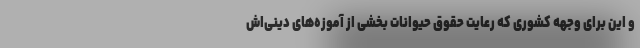
و این برای وجهه کشوری که رعایت حقوق حیوانات بخشی از آموزه‌های دینی‌اش